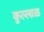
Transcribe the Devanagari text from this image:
कुल्लाळ